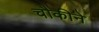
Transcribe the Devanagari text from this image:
चौकीने